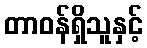
တာဝန်ရှိသူနှင့်